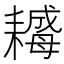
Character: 𦔣